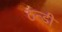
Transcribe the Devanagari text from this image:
ठन्डी